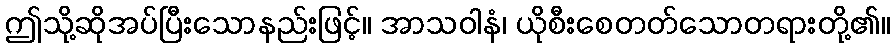
ဤသို့ဆိုအပ်ပြီးသောနည်းဖြင့်။ အာသဝါနံ၊ ယိုစီးစေတတ်သောတရားတို့၏။